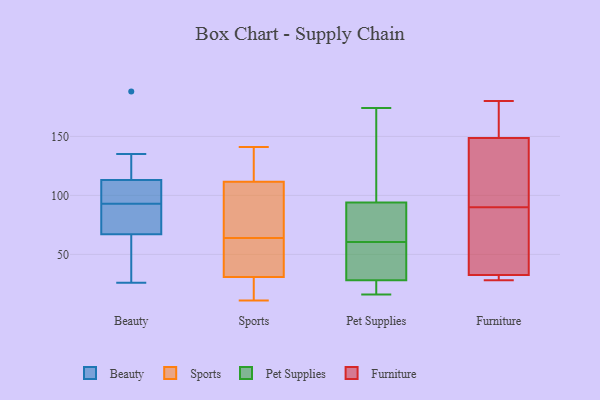
{"axis": {"x": "Shipments", "y": "Value"}, "legend": ["Beauty", "Furniture", "Pet Supplies", "Sports"], "data": [{"x": "", "y": 67, "type": "Beauty"}, {"x": "", "y": 188, "type": "Beauty"}, {"x": "", "y": 80, "type": "Beauty"}, {"x": "", "y": 112, "type": "Beauty"}, {"x": "", "y": 31, "type": "Beauty"}, {"x": "", "y": 26, "type": "Beauty"}, {"x": "", "y": 135, "type": "Beauty"}, {"x": "", "y": 106, "type": "Beauty"}, {"x": "", "y": 79, "type": "Beauty"}, {"x": "", "y": 113, "type": "Beauty"}, {"x": "", "y": 64, "type": "Sports"}, {"x": "", "y": 21, "type": "Sports"}, {"x": "", "y": 131, "type": "Sports"}, {"x": "", "y": 93, "type": "Sports"}, {"x": "", "y": 109, "type": "Sports"}, {"x": "", "y": 36, "type": "Sports"}, {"x": "", "y": 11, "type": "Sports"}, {"x": "", "y": 141, "type": "Sports"}, {"x": "", "y": 119, "type": "Sports"}, {"x": "", "y": 34, "type": "Sports"}, {"x": "", "y": 93, "type": "Sports"}, {"x": "", "y": 21, "type": "Sports"}, {"x": "", "y": 43, "type": "Sports"}, {"x": "", "y": 65, "type": "Pet Supplies"}, {"x": "", "y": 28, "type": "Pet Supplies"}, {"x": "", "y": 100, "type": "Pet Supplies"}, {"x": "", "y": 72, "type": "Pet Supplies"}, {"x": "", "y": 156, "type": "Pet Supplies"}, {"x": "", "y": 28, "type": "Pet Supplies"}, {"x": "", "y": 27, "type": "Pet Supplies"}, {"x": "", "y": 49, "type": "Pet Supplies"}, {"x": "", "y": 16, "type": "Pet Supplies"}, {"x": "", "y": 88, "type": "Pet Supplies"}, {"x": "", "y": 174, "type": "Pet Supplies"}, {"x": "", "y": 56, "type": "Pet Supplies"}, {"x": "", "y": 152, "type": "Furniture"}, {"x": "", "y": 30, "type": "Furniture"}, {"x": "", "y": 90, "type": "Furniture"}, {"x": "", "y": 48, "type": "Furniture"}, {"x": "", "y": 32, "type": "Furniture"}, {"x": "", "y": 180, "type": "Furniture"}, {"x": "", "y": 76, "type": "Furniture"}, {"x": "", "y": 125, "type": "Furniture"}, {"x": "", "y": 133, "type": "Furniture"}, {"x": "", "y": 34, "type": "Furniture"}, {"x": "", "y": 145, "type": "Furniture"}, {"x": "", "y": 156, "type": "Furniture"}, {"x": "", "y": 150, "type": "Furniture"}, {"x": "", "y": 31, "type": "Furniture"}, {"x": "", "y": 28, "type": "Furniture"}]}